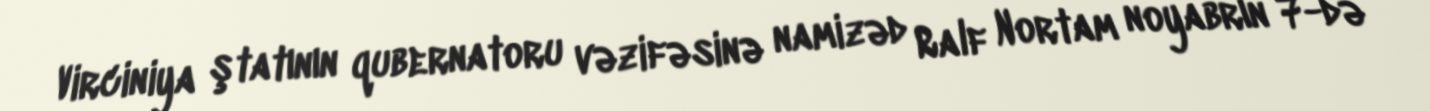
Virciniya ştatının qubernatoru vəzifəsinə namizəd Ralf Nortam noyabrın 7-də